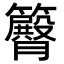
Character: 𥷝